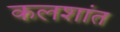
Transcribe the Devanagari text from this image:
कलशांत